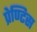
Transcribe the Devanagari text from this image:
प्रेण्टिस